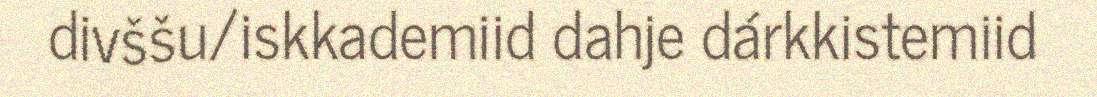
divššu/iskkademiid dahje dárkkistemiid